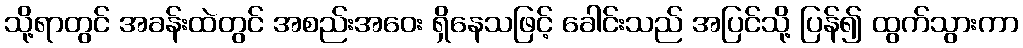
သို့ရာတွင် အခန်းထဲတွင် အစည်းအဝေး ရှိနေသဖြင့် ခေါင်းသည် အပြင်သို့ ပြန်၍ ထွက်သွားကာ